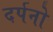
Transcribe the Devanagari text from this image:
दर्पनो